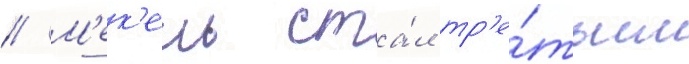
// М'ек'ель ста́л тр'е́тьим